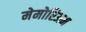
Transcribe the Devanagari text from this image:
मेमोरिअम